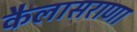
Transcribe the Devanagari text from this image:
कैलासराणा